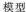
模型